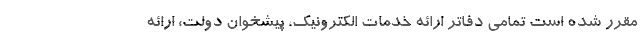
مقرر شده است تمامی دفاتر ارائه خدمات الکترونیک، پیشخوان دولت، ارائه